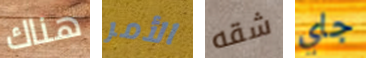
هناك الأمر شقه جاي